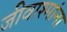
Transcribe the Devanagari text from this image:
जीवाश्मांना